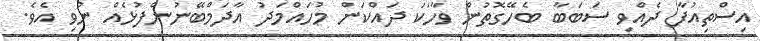
އިސްތިއުފާ ދެއްވި ސަބަބާ ބެހޭގޮތުން ވާހަކަ ދައްކަން މުހައްމަދު އާދަމްބޭނުންފުޅެއް ނުވި އެވެ.